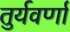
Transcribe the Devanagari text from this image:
तुर्यवर्णा